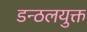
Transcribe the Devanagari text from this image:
डन्ठलयुक्त